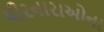
ધીરનારાઓના